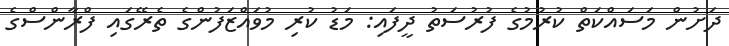
ދަށުން މަސައްކަތް ކުރުމުގެ ފުރުސަތު ދީފައި: މަޑު ކުރި މުވައްޒަފުންގެ ތެރޭގައި ފްރާންސްގެ